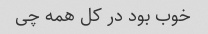
خوب بود در کل همه چی